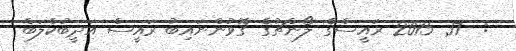
:  17